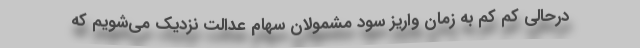
درحالی کم کم به زمان واریز سود مشمولان سهام عدالت نزدیک می‌شویم که